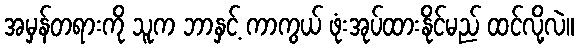
အမှန်တရားကို သူက ဘာနှင့် ကာကွယ် ဖုံးအုပ်ထားနိုင်မည် ထင်လို့လဲ။